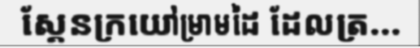
ស្គែនក្រយៅម្រាមដៃ ដែលត្រ...